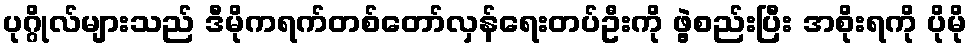
ပုဂ္ဂိုလ်များသည် ဒီမိုကရက်တစ်တော်လှန်ရေးတပ်ဦးကို ဖွဲ့စည်းပြီး အစိုးရကို ပိုမို